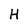
Character: H